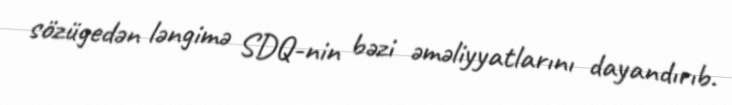
sözügedən ləngimə SDQ-nin bəzi əməliyyatlarını dayandırıb.